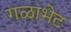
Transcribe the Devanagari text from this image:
गळाभेट